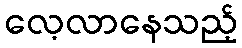
လေ့လာနေသည့်